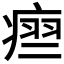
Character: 𬏵